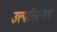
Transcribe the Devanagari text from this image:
उत्त्पतिस्थल